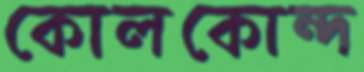
কোলকোন্দ